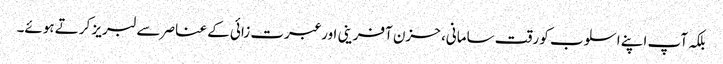
بلکہ آپ اپنے اسلوب کو رقت سامانی، حزن آفرینی اور عبرت زائی کے عناصر سے لبریز کرتے ہوئے۔